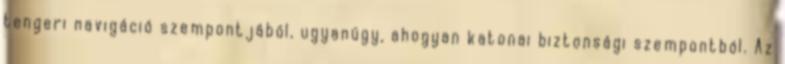
tengeri navigáció szempontjából, ugyanúgy, ahogyan katonai biztonsági szempontból. Az